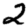
Digit: 2